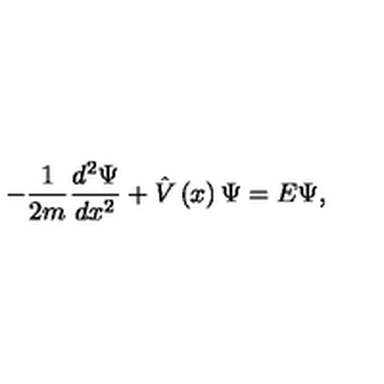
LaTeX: - \frac 1 { 2 m } \frac { d ^ { 2 } \Psi } { d x ^ { 2 } } + \hat { V } \left( x \right) \Psi = E \Psi ,